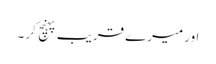
اور میرے قریب پہنچ کر ۔